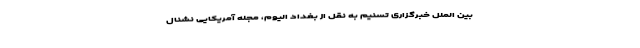
بین الملل خبرگزاری تسنیم به نقل از بغداد الیوم، مجله آمریکایی نشنال